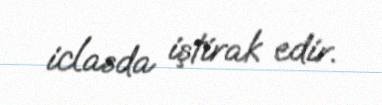
iclasda iştirak edir.